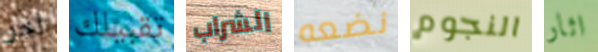
آخر تقبيلك الشراب نضعه النجوم اثار